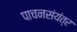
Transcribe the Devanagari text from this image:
पाचनसंयंत्र